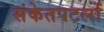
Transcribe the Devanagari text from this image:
संकेतपटलों